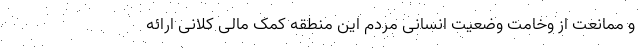
و ممانعت از وخامت وضعیت انسانی مردم این منطقه کمک مالی کلانی ارائه